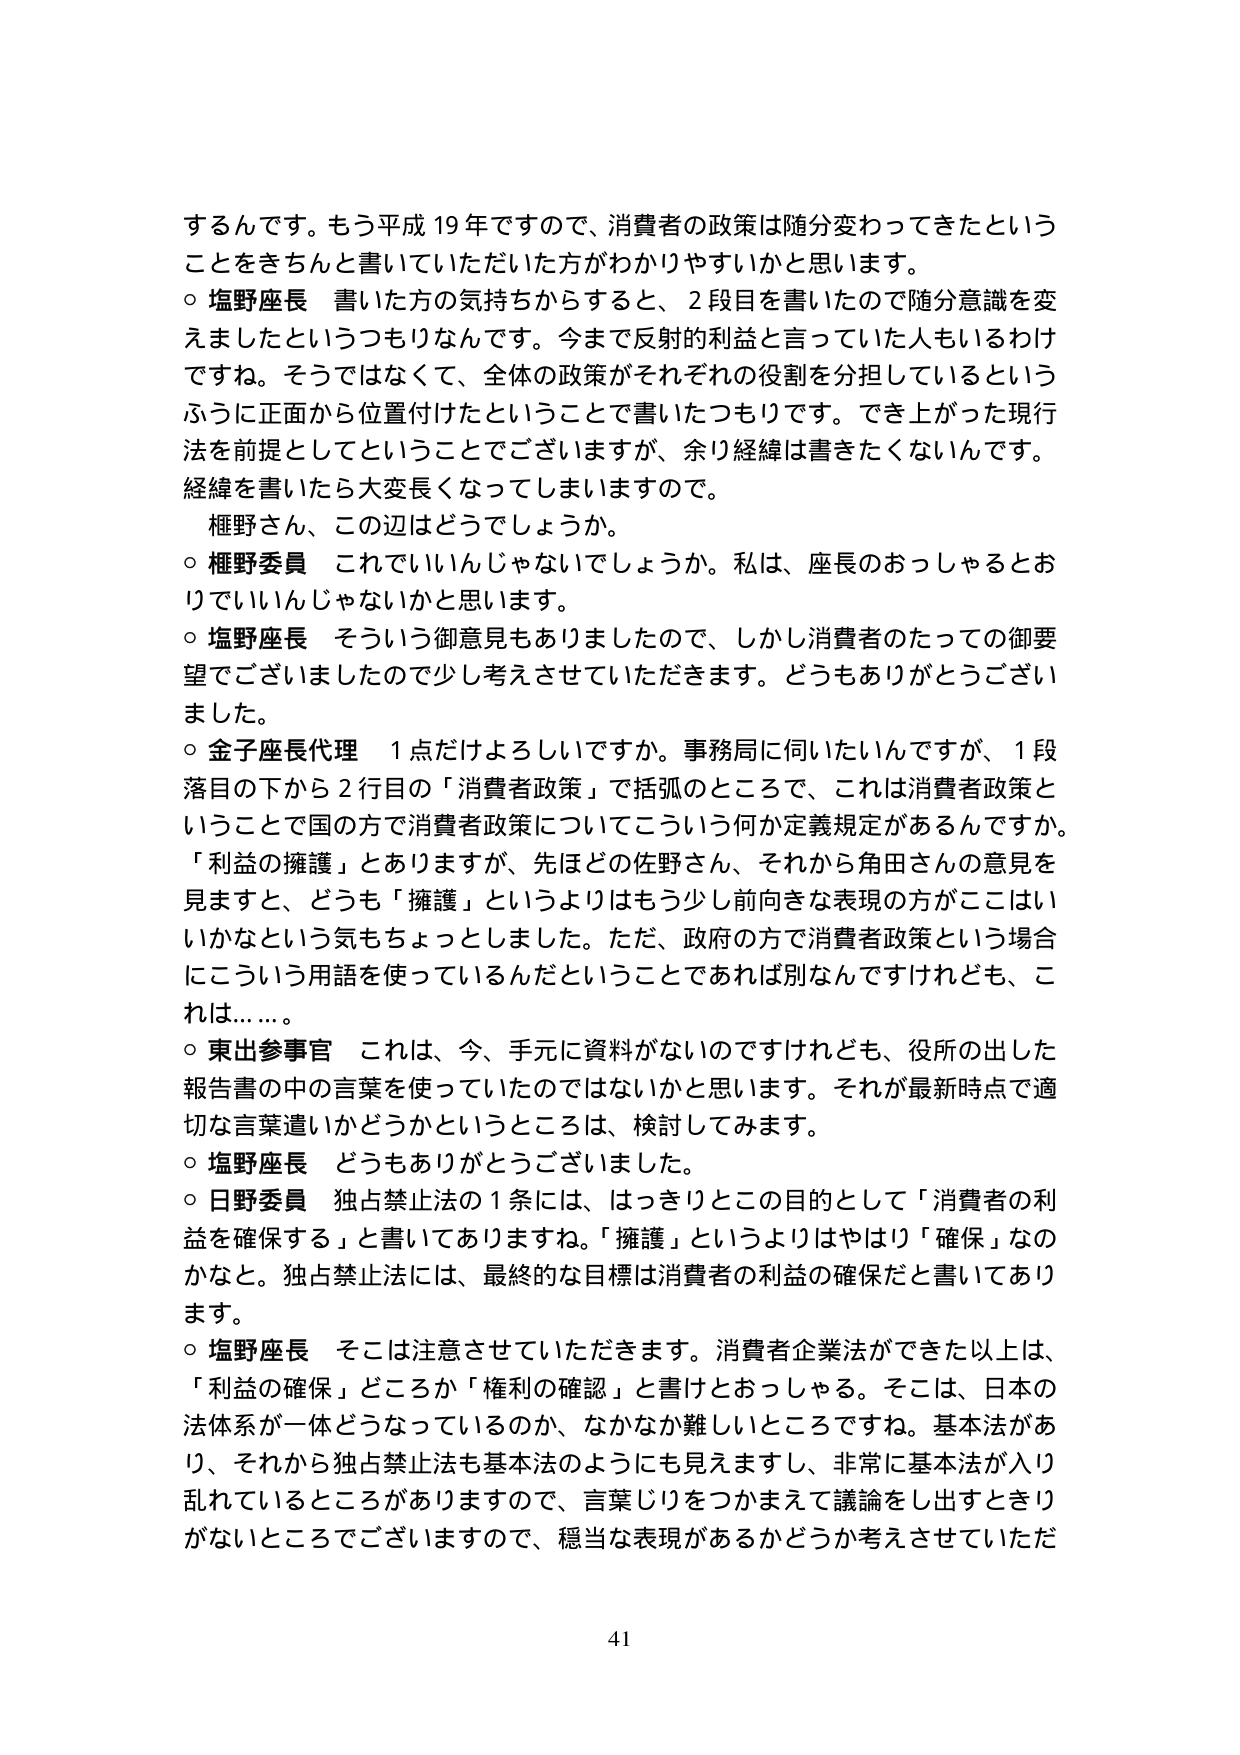
するんです。もう平成19年ですので、消費者の政策は随分変わってきたということをきちんと書いていただいた方がわかりやすいかと思います。

○ 塩野座長 書いた方の気持ちからすると、2段目を書いたので随分意識を変えましたというつもりなんです。今まで反射的利益と言っていた人もいるわけですね。そうではなくて、全体の政策がそれぞれの役割を分担しているというふうに正面から位置付けたということで書いたつもりです。でき上がった現行法を前提としてということでございますが、余り経緯は書きたくないんです。経緯を書いたら大変長くなってしまいますので。

権野さん、この辺はどうでしょうか。

○ 権野委員 これでいいんじゃないでしょうか。私は、座長のおっしゃるとおりでいいんじゃないかと思います。

○ 塩野座長 そういう御意見もありましたので、しかし消費者のたっての御要望でございましたので少し考えさせていただきます。どうもありがとうございました。

○ 金子座長代理 1点だけよろしいですか。事務局に伺いたいんですが、1段落目の下から2行目の「消費者政策」で括弧のところで、これは消費者政策ということで国の方で消費者政策についてこういう何か定義規定があるんですか。「利益の擁護」とありますが、先ほどの佐野さん、それから角田さんの意見を見ますと、どうも「擁護」というよりはもう少し前向きな表現の方がここはいいかなという気もちょっとしました。ただ、政府の方で消費者政策という場合にこういう用語を使っているんだということであれば別なんですけれども、これは……。

○ 東出参事官 これは、今、手元に資料がないのですけれども、役所の出した報告書の中の言葉を使っていたのではないかと思います。それが最新時点で適切な言葉遣いかどうかというところは、検討してみます。

○ 塩野座長 どうもありがとうございました。

○ 日野委員 独占禁止法の1条には、はっきりとこの目的として「消費者の利益を確保する」と書いてありますね。「擁護」というよりはやはり「確保」なのかと。独占禁止法には、最終的な目標は消費者の利益の確保だと書いてあります。

○ 塩野座長 そこは注意させていただきます。消費者企業法ができた以上は、「利益の確保」どころか「権利の確認」と書けとおっしゃる。そこは、日本の法体系が一体どうなっているのか、なかなか難しいところですね。基本法があり、それから独占禁止法も基本法のようにも見えますし、非常に基本法が入り乱れているところがありますので、言葉じりをつかまえて議論をし出すときりがないところでございますので、穏当な表現があるかどうか考えさせていただ

41